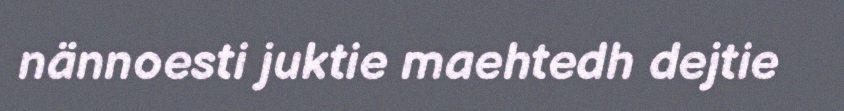
nännoesti juktie maehtedh dejtie